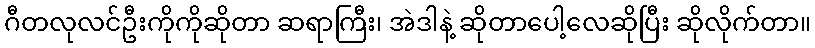
ဂီတလုလင်ဦးကိုကိုဆိုတာ ဆရာကြီး၊ အဲဒါနဲ့ ဆိုတာပေါ့လေဆိုပြီး ဆိုလိုက်တာ။